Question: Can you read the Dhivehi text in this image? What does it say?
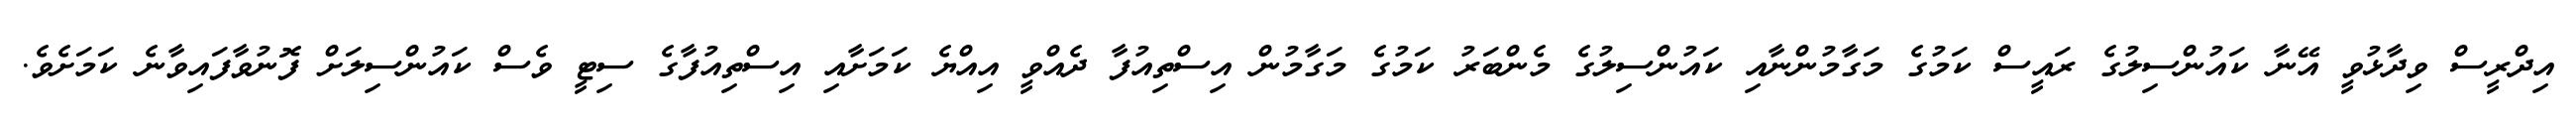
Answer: އިދްރީސް ވިދާޅުވީ އޭނާ ކައުންސިލުގެ ރައީސް ކަމުގެ މަގާމުންނާއި ކައުންސިލުގެ މެންބަރު ކަމުގެ މަގާމުން އިސްތިއުފާ ދެއްވީ އިއްޔެ ކަމަށާއި އިސްތިއުފާގެ ސިޓީ ވެސް ކައުންސިލަށް ފޮނުވާފައިވާނެ ކަމަށެވެ.